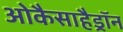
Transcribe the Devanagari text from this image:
ओकैसाहैड्रॉन